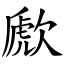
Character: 歋